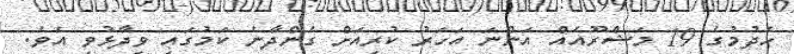
ހެދުމުގެ 19 މަޝްރޫއެއް އަންނަ އަހަރު ކުރިއަށް ގެންދާނެ ކަމުގައި ވިދާޅުވި އެވެ.